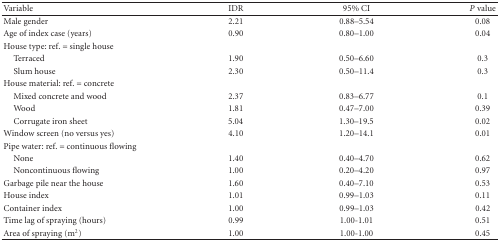
<table><thead><tr><td><b>Variable</b></td><td><b>IDR</b></td><td><b>95% CI</b></td><td><b><i>P</i> value</b></td></tr></thead><tbody><tr><td>Male gender</td><td>2.21</td><td>0.88–5.54</td><td>0.08</td></tr><tr><td>Age of index case (years)</td><td>0.90</td><td>0.80–1.00</td><td>0.04</td></tr><tr><td>House type: ref. = single house</td><td></td><td></td><td></td></tr><tr><td> Terraced</td><td>1.90</td><td>0.50–6.60</td><td>0.3</td></tr><tr><td> Slum house</td><td>2.30</td><td>0.50–11.4</td><td>0.3</td></tr><tr><td>House material: ref. = concrete</td><td></td><td></td><td></td></tr><tr><td> Mixed concrete and wood</td><td>2.37</td><td>0.83–6.77</td><td>0.1</td></tr><tr><td> Wood</td><td>1.81</td><td>0.47–7.00</td><td>0.39</td></tr><tr><td> Corrugate iron sheet</td><td>5.04</td><td>1.30–19.5</td><td>0.02</td></tr><tr><td>Window screen (no versus yes)</td><td>4.10</td><td>1.20–14.1</td><td>0.01</td></tr><tr><td>Pipe water: ref. = continuous flowing</td><td></td><td></td><td></td></tr><tr><td> None</td><td>1.40</td><td>0.40–4.70</td><td>0.62</td></tr><tr><td> Noncontinuous flowing</td><td>1.00</td><td>0.20–4.20</td><td>0.97</td></tr><tr><td>Garbage pile near the house</td><td>1.60</td><td>0.40–7.10</td><td>0.53</td></tr><tr><td>House index</td><td>1.01</td><td>0.99–1.03</td><td>0.11</td></tr><tr><td>Container index</td><td>1.00</td><td>0.99–1.03</td><td>0.42</td></tr><tr><td>Time lag of spraying (hours)</td><td>0.99</td><td>1.00-1.01</td><td>0.51</td></tr><tr><td>Area of spraying (m<sup>2</sup>)</td><td>1.00</td><td>1.00-1.00</td><td>0.45</td></tr></tbody></table>